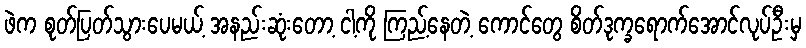
ဖဲက စုတ်ပြတ်သွားပေမယ့် အနည်းဆုံးတော့ ငါ့ကို ကြည့်နေတဲ့ ကောင်တွေ စိတ်ဒုက္ခရောက်အောင်လုပ်ဦးမှ